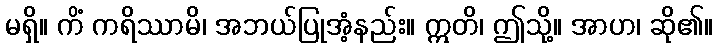
မရှိ။ ကိံ ကရိဿာမိ၊ အဘယ်ပြုအံ့နည်း။ ဣတိ၊ ဤသို့။ အာဟ၊ ဆို၏။